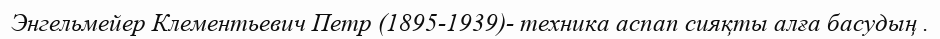
Энгельмейер Клементьевич Петр (1895-1939)- техника аспап сияқты алға басудың .